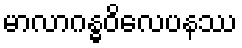
မာလာဂန္ဓဝိလေပနဿ